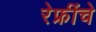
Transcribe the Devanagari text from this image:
रेफ्रींचे